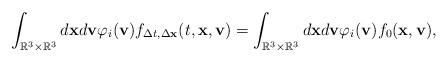
LaTeX: \begin{align*} \int_{\mathbb{R}^{3}\times \mathbb{R}^{3}}d\mathbf{x}d\mathbf{v} \varphi _{i}(\mathbf{v})f_{\Delta t,\Delta \mathbf{x}}(t,\mathbf{x},\mathbf{v} )=\int_{\mathbb{R}^{3}\times \mathbb{R}^{3}}d\mathbf{x}d\mathbf{v} \varphi _{i}(\mathbf{v})f_{0}(\mathbf{x},\mathbf{v}),\end{align*}